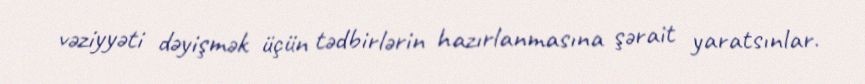
vəziyyəti dəyişmək üçün tədbirlərin hazırlanmasına şərait yaratsınlar.